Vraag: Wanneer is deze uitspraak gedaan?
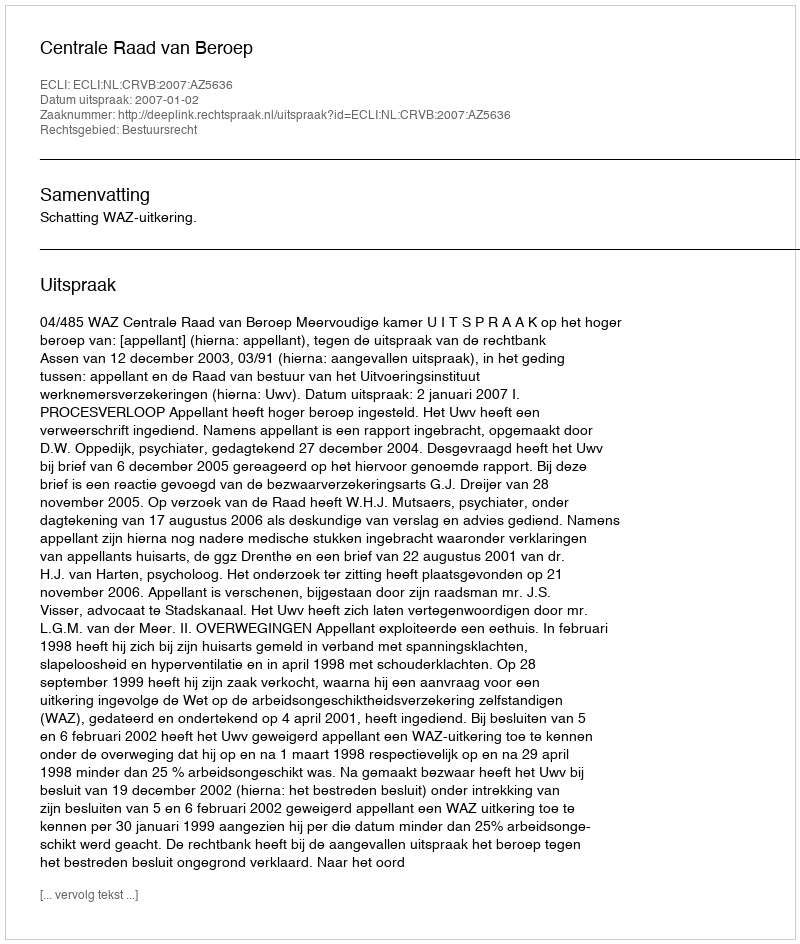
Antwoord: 2007-01-02